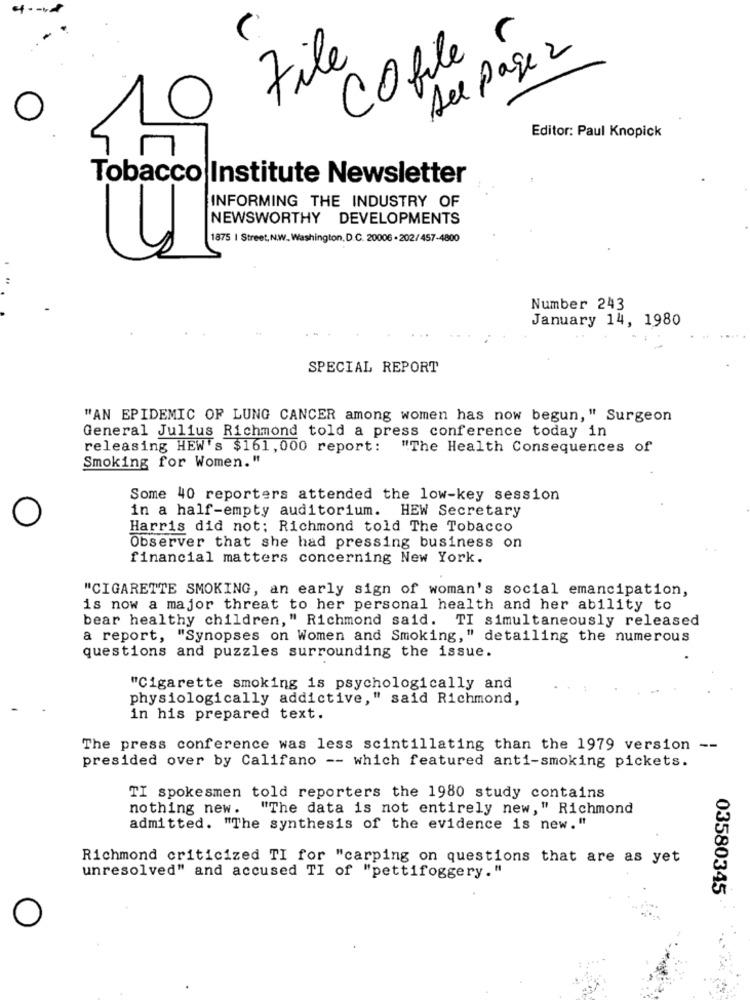
See Page 2
File
Cofile
Editor: Paul Knopick
Tobacco Institute Newsletter
INFORMING THE INDUSTRY OF
NEWSWORTHY DEVELOPMENTS
1875 | Street, N.W. Washington, D.C. 20006 -202/457-4800
Number 243
January 14, 1980
SPECIAL REPORT
"AN EPIDEMIC OF LUNG CANCER among women has now begun, " Surgeon
General Julius Richmond told a press conference today in
releasing HEW's $161,000 report: "The Health Consequences of
Smoking for Women."
Some 40 reporters attended the low-key session
in a half-empty auditorium. HEW Secretary
Harris did not: Richmond told The Tobacco
Observer that she had pressing business on
financial matters concerning New York.
"CIGARETTE SMOKING, an early sign of woman's social emancipation,
is now a major threat to her personal health and her ability to
bear healthy children," Richmond said. TI simultaneously released
a report, "Synopses on Women and Smoking," detailing the numerous
questions and puzzles surrounding the issue.
"Cigarette smoking is psychologically and
physiologically addictive," said Richmond,
in his prepared text.
The press conference was less scintillating than the 1979 version --
presided over by Califano -- which featured anti-smoking pickets.
TI spokesmen told reporters the 1980 study contains
nothing new. "The data is not entirely new," Richmond
admitted. "The synthesis of the evidence is new."
Richmond criticized TI for "carping on questions that are as yet
unresolved" and accused TI of "pettifoggery."
03580345